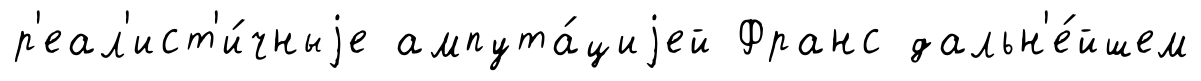
р'еал'ист'и́чныjе ампута́циjей Франс дальн'е́йшем